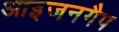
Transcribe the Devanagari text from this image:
आइजनगैप